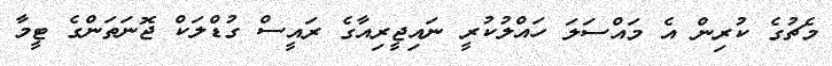
މެޗުގެ ކުރިން އެ މައްސަލަ ހައްލުކުރީ ނައިޖީރިއާގެ ރައީސް ގުޑްލަކް ޖޮނަތަންގެ ޓީމާ